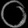
Digit: ၀